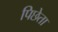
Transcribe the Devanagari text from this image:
पिछेता